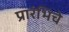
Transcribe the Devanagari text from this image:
प्रारंभिचे